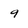
Character: 9